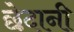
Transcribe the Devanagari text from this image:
छेदानी